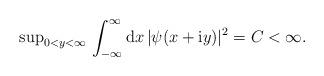
LaTeX: \begin{align*}{\rm sup}_{ 0<y<\infty}\, \int_{-\infty}^{\infty} {\rm d} x \,|\psi(x+{\rm i} y)|^2=C<\infty.\end{align*}